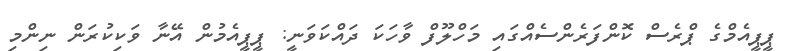
ޕީޕީއެމްގެ ޕްރެސް ކޮންފަރެންސެއްގައި މަހްލޫފް ވާހަކަ ދައްކަވަނީ: ޕީޕީއެމުން އޭނާ ވަކިކުރަން ނިންމި